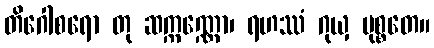
တိဂေါစရော တု ဆက္ကဏ္ဏော၊ ရဟဿံ ဂုယှ မုစ္စတေ။